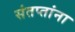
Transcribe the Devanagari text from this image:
संतप्तांना